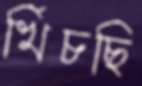
খিঁচছি